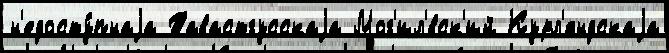
н'едосту́пнаjа Тавастгусскаjа Мог'ил'́вск'ий Курл'яндскаjа